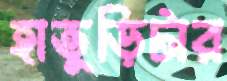
হাতুড়িটার